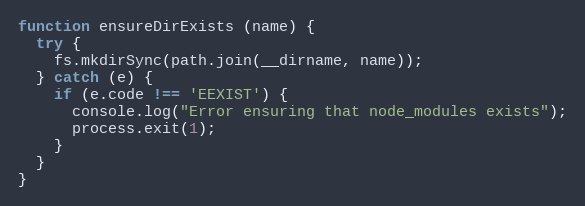
Language: JavaScript
function ensureDirExists (name) {
  try {
    fs.mkdirSync(path.join(__dirname, name));
  } catch (e) {
    if (e.code !== 'EEXIST') {
      console.log("Error ensuring that node_modules exists");
      process.exit(1);
    }
  }
}